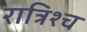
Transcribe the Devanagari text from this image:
रात्रिश्च